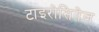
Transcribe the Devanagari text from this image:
टाइरोसिनेज